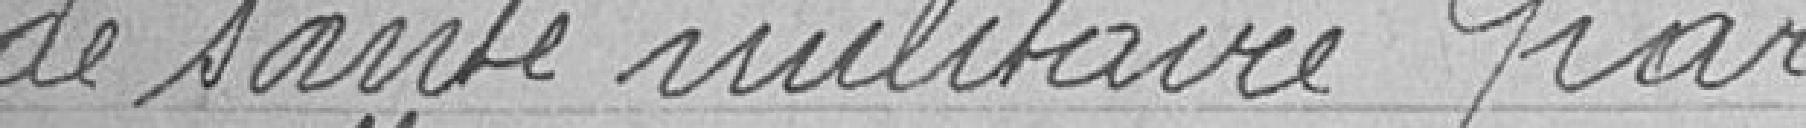
de santé militaire par